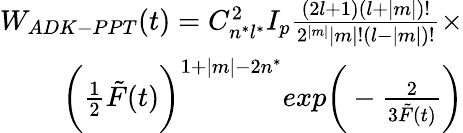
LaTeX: \begin{array}{r}{W_{ADK-PPT}(t)=C_{n^{*}l^{*}}^{2}I_{p}\frac{(2l+1)(l+|m|)!}{2^{|m|}|m|!(l-|m|)!}\times}\\ {\bigg(\frac{1}{2}\tilde{F}(t)\bigg)^{1+|m|-2n^{*}}exp\bigg(-\frac{2}{3\tilde{F}(t)}\bigg)}\end{array}